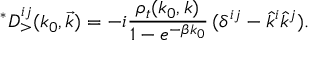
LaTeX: ^ { * } D _ { > } ^ { i j } ( k _ { 0 } , \vec { k } ) = - i { \frac { \rho _ { t } ( k _ { 0 } , k ) } { 1 - e ^ { - \beta k _ { 0 } } } } \, ( \delta ^ { i j } - \hat { k } ^ { i } \hat { k } ^ { j } ) .